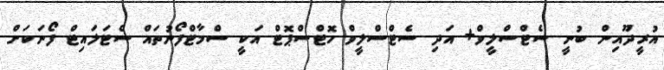
އުރީދޫއިން ބުނީ ސެޓްސްލީވް+ އަދި ސެޓްސްލީވް ހޮޓްސްޕޮޓް އަކީ ސްމާޓްފޯނުތައް ސެޓަލައިޓް ފޯނަކަށް